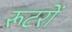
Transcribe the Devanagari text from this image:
रूटरों